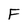
Character: F